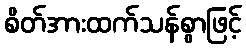
စိတ်အားထက်သန်စွာဖြင့်